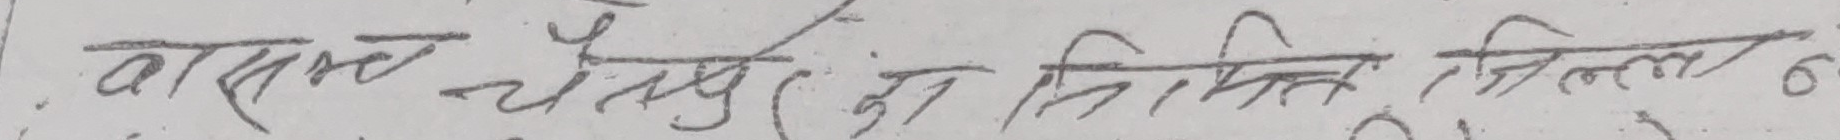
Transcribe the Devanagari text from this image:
वासंत्य चतुर्दशी का निमित्त जिल्ला 6